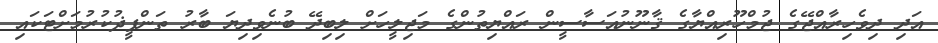
އަދި ދިވެހިރާއްޖޭގެ ޖުމްހޫރިއްޔާގެ ޤާނޫނުއަސާސީން ރައްޔިތުންގެ މަޖިލީހަށް ލިބިދޭ ބުނެވިދިޔަ ބާރު ތަންފީޛުކުރުމަށްޓަކައި